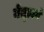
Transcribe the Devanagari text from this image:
नेतृत्वमे